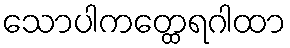
သောပါကတ္ထေရဂါထာ